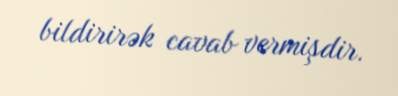
bildirirək cavab vermişdir.